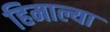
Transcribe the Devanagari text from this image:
हिमाल्या